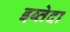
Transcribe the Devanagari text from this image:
इब्तेदा